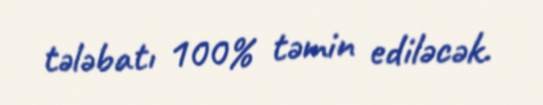
tələbatı 100% təmin ediləcək.